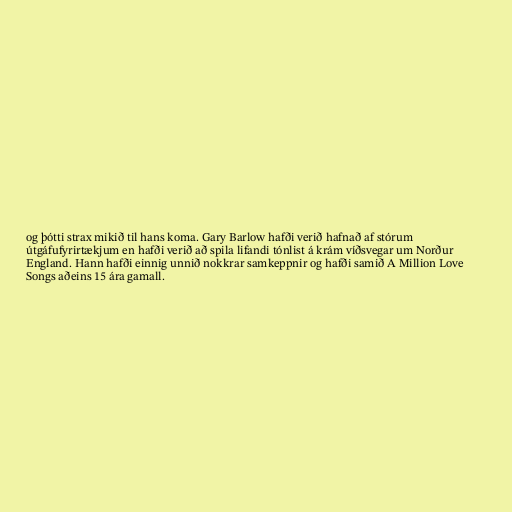
og þótti strax mikið til hans koma. Gary Barlow hafði verið hafnað af stórum
útgáfufyrirtækjum en hafði verið að spila lifandi tónlist á krám víðsvegar um Norður
England. Hann hafði einnig unnið nokkrar samkeppnir og hafði samið A Million Love
Songs aðeins 15 ára gamall.